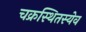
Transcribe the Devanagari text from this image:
चक्रस्थितस्येव